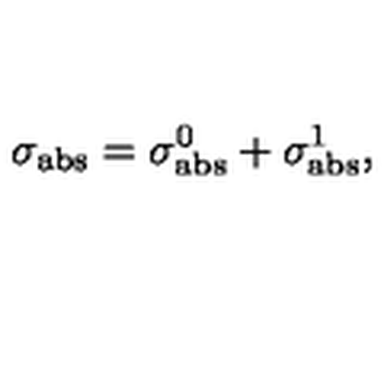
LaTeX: \sigma _ { \mathrm { a b s } } = \sigma _ { \mathrm { a b s } } ^ { 0 } + \sigma _ { \mathrm { a b s } } ^ { 1 } ,